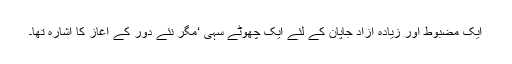
ایک مضبوط اور زیادہ آزاد جاپان کے لئے ایک چھوٹے سہی ‘مگر نئے دور کے آغاز کا اشارہ تھا۔